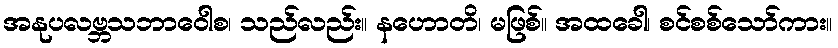
အနုပလဗ္ဘသဘာဝေါစ၊ သည်လည်း။ နဟောတိ၊ မဖြစ်။ အထခေါ၊ စင်စစ်သော်ကား။